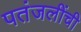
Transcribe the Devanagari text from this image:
पतंजलींची